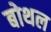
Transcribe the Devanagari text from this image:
बोथल